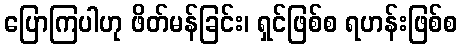
ပြောကြပါဟု ဖိတ်မန်ခြင်း၊ ရှင်ဖြစ်စ ရဟန်းဖြစ်စ